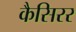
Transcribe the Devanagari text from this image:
कैसिरर